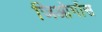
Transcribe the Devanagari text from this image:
जिओर्गोस